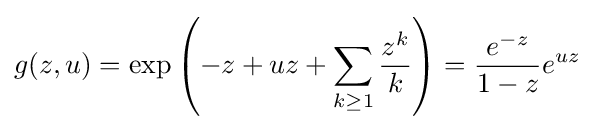
g(z,u)=\exp \left(-z+uz+\sum _{k\geq 1}{\frac {z^{k}}{k}}\right)={\frac {e^{-z}}{1-z}}e^{uz}